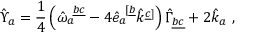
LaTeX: \hat { \Upsilon } _ { a } = \frac { 1 } { 4 } \left( \hat { \omega } _ { a } ^ { \ \underline { { { b c } } } } - 4 \hat { e } _ { a } ^ { \ [ \underline { { { b } } } } \hat { k } ^ { \underline { { { c } } } ] } \right) \hat { \Gamma } _ { \underline { { { b c } } } } + 2 \hat { k } _ { a } \ ,